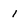
Character: 1